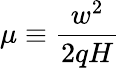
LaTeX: \mu\equiv\frac{w^{2}}{2qH}